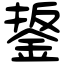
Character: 鋬